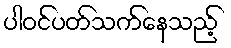
ပါဝင်ပတ်သက်နေသည့်